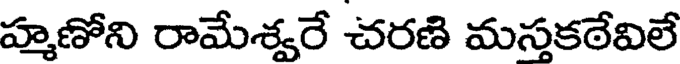
హ్మణోని రామేశ్వరే చరణి మస్తకఠేవిలే